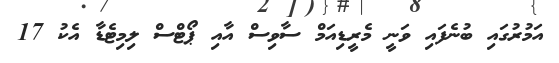
އަމުރުގައި ބުނެފައި ވަނީ މެރީޑިއަމް ސާވިސް އާއި ޕޯޓްސް ލިމިޓެޑާ އެކު 17